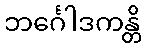
ဘင်္ဂေါဒကန္တိ